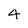
Character: 4